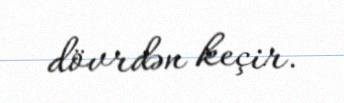
dövrdən keçir.